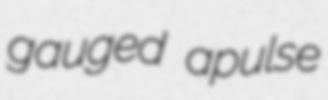
gauged apulse